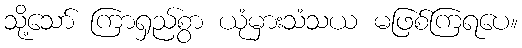
သို့သော် ကြာရှည်စွာ ယုံမှားသံသယ မဖြစ်ကြရပေ။